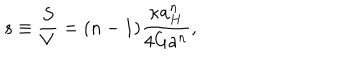
LaTeX: s \equiv { \frac { S } { V } } = ( n - 1 ) { \frac { \kappa a _ { H } ^ { n } } { 4 G a ^ { n } } } ,